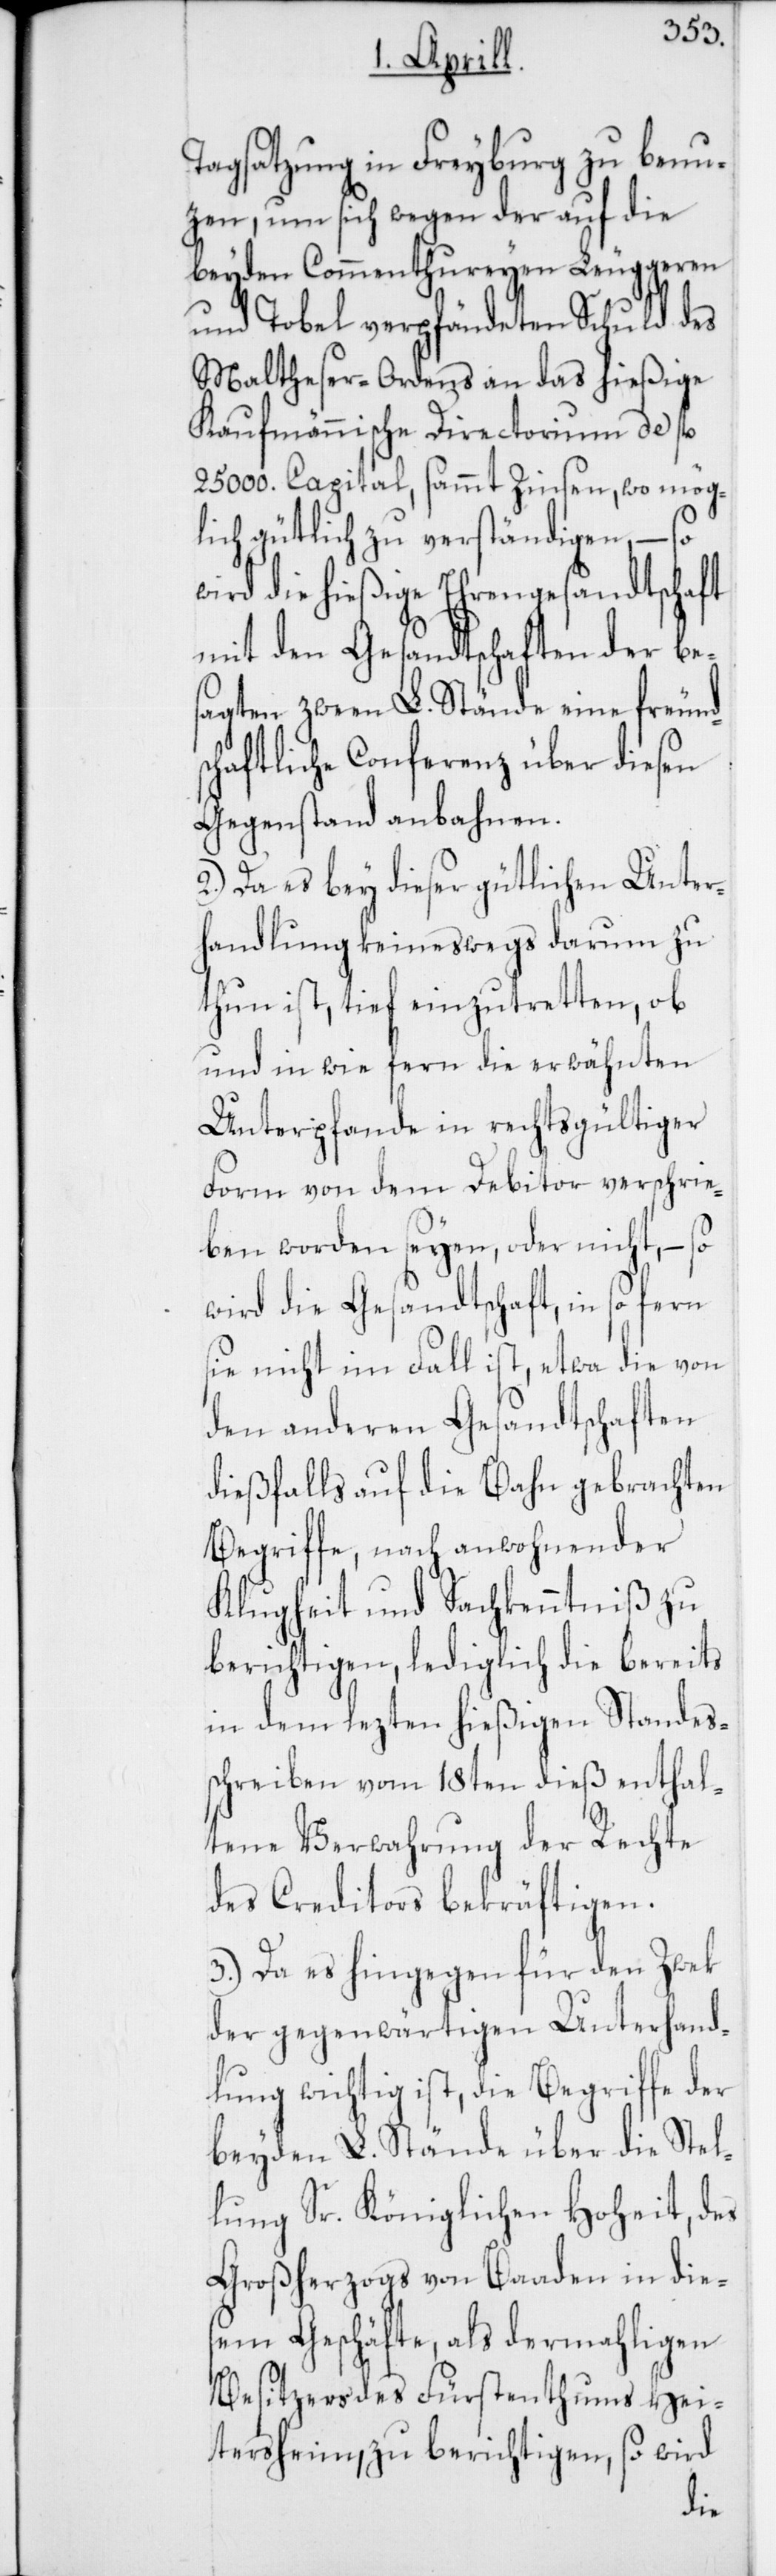
Tagsatzung in Freyburg zu benu¬
zen, um sich wegen der auf die
beyden Commenthureyen Leuggern
und Tobel verpfändeten Schuld des
Maltheser-Ordens an das hießige
Kaufmännische Directorium de fl.
25 000. Capital, sammt Zinsen, wo mög¬
lich gütlich zu verständigen, – so
wird die hießige Ehrengesandtschaft
mit den Gesandtschaften der be¬
sagten zween L. Stände eine freund¬
schaftliche Conferenz über diesen
Gegenstand anbahnen.
2.) Da es bey dieser gütlichen Unter¬
handlung keineswegs darum zu
thun ist, tief einzutretten, ob
und in wie fern die erwähnten
Unterpfande in rechtsgültiger
Form von dem Debitor verschrie¬
ben worden seyen, oder nicht, – so
wird die Gesandtschaft, in so fern
sie nicht im Fall ist, etwa die von
den anderen Gesandtschaften
dießfalls auf die Bahn gebrachten
Begriffe, nach anwohnender
Klugheit und Sachkenntniß zu
berichtigen, lediglich die bereits
in dem lezten hießigen Standes¬
schreiben vom 18ten dieß enthal¬
tene Verwahrung der Rechte
des Creditors bekräftigen.
3.) Da es hingegen für den Zwek
der gegenwärtigen Unterhand¬
lung wichtig ist, die Begriffe der
beyden L. Stände über die Stel¬
lung Sr. Königlichen Hoheit, des
Großherzogs von Baaden in die¬
sem Geschäfte, als dermahligen
Besitzers des Fürstenthums Hei¬
tersheim, zu berichtigen, so
wird